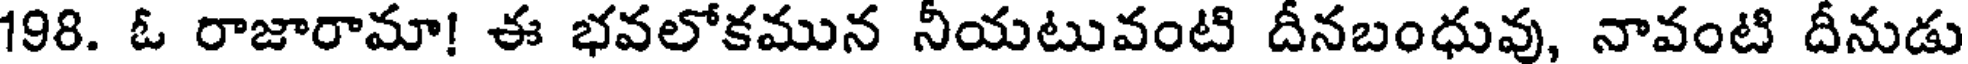
198. ఓ రాజారామా! ఈ భవలోకమున నీయటువంటి దీనబంధువు, నావంటి దీనుడు